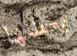
بعضها